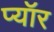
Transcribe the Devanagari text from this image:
प्यॉर